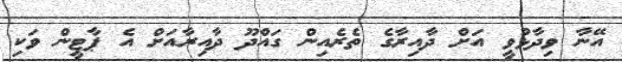
އޭނާ ވިދާޅުވީ އަށް ދާއިރާގެ ތެރެއިން ގައްދޫ ދާއިރާއަށް އެ ޕާޓީން ވަކި